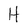
Character: H